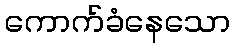
ကောက်ခံနေသော